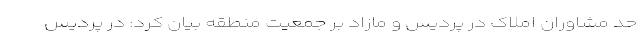
حد مشاوران املاک در پردیس و مازاد بر جمعیت منطقه بیان کرد: در پردیس